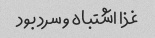
غذا اشتباه و سرد بود